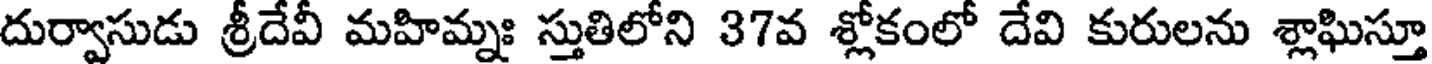
దుర్వాసుడు శ్రీదేవీ మహిమ్నః స్తుతిలోని 37వ శ్లోకంలో దేవి కురులను శ్లాఘిస్తూ